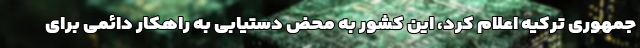
جمهوری ترکیه اعلام کرد، این کشور به محض دستیابی به راهکار دائمی برای